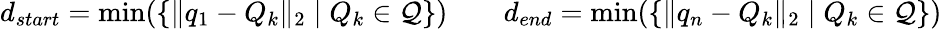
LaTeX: {d}_{start}=\operatorname*{min}(\left\{ \| q_{1}-Q_{k}\| _{2}\mid Q_{k}\in\mathcal{Q}\right\} )\qquad{d}_{end}=\operatorname*{min}(\left\{ \| q_{n}-Q_{k}\| _{2}\mid Q_{k}\in\mathcal{Q}\right\} )